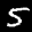
Label: 5